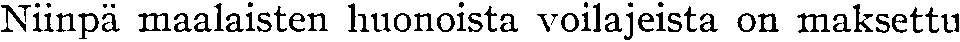
Niinpä maalaisten huonoista voilajeista on maksettu